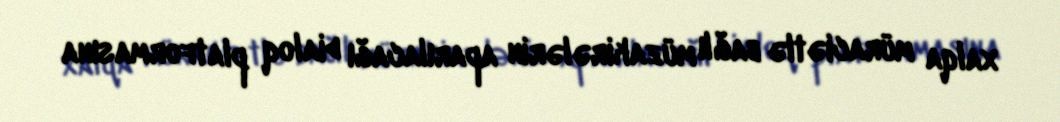
xalqa müraciətlə bağlı müzakirələrin aparılacağı dialoq platformasına